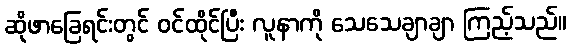
ဆိုဖာခြေရင်းတွင် ဝင်ထိုင်ပြီး လူနာကို သေသေချာချာ ကြည့်သည်။